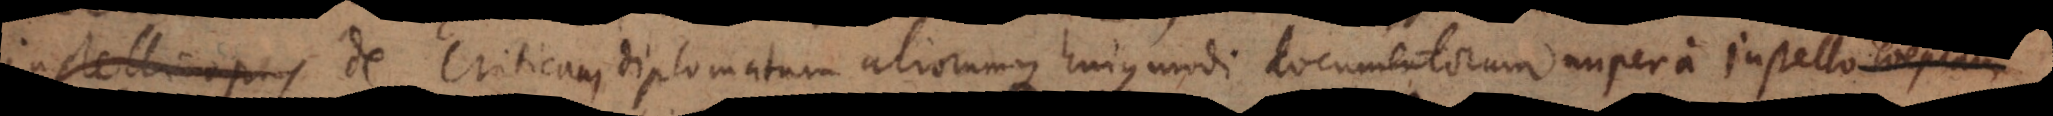
Justelli opus de Critica diplomatum aliorumque hujusmodi documentorum Criticam...